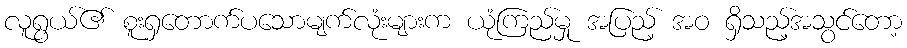
လူရွယ်၏ စူးရှတောက်ပသောမျက်လုံးများက ယုံကြည်မှု အပြည့် အဝ ရှိသည့်အသွင်တော့